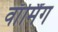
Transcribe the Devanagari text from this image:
वाॅर्मिंग